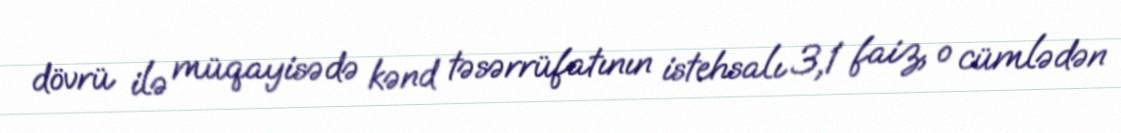
dövrü ilə müqayisədə kənd təsərrüfatının istehsalı 3,1 faiz, o cümlədən